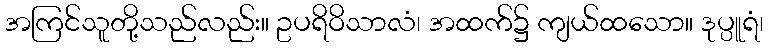
အကြင်သူတို့သည်လည်း။ ဥပရိဝိသာလံ၊ အထက်၌ ကျယ်ထသော။ ဒုပ္ပူရံ၊